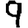
Digit: 9